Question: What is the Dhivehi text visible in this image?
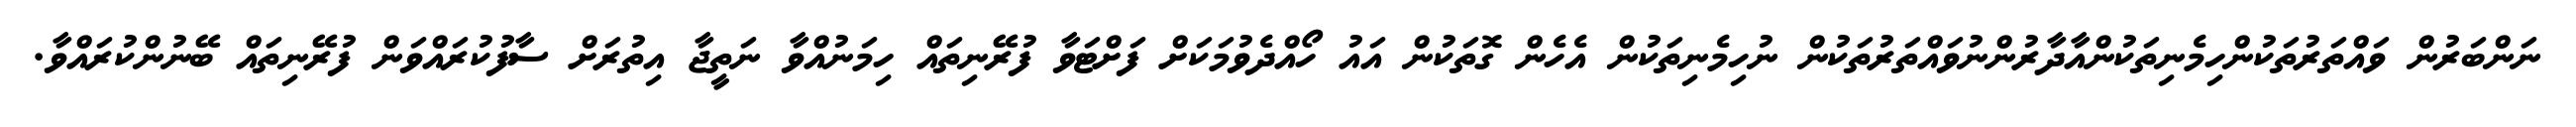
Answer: ނަންބަރުން ވައްތަރުތަކުންހިމެނިތަކުންއާދާރުންނުވައްތަރުތަކުން ނުހިމެނިތަކުން އެހެން ގޮތަކުން އައު ހޯއްދެވުމަކަށް ފަށްޓަވާ ފުރޭނިތައް ހިމަނުއްވާ ނަތީޖާ އިތުރަށް ސާފުކުރައްވަން ފުރޭނިތައް ބޭނުންކުރައްވާ.